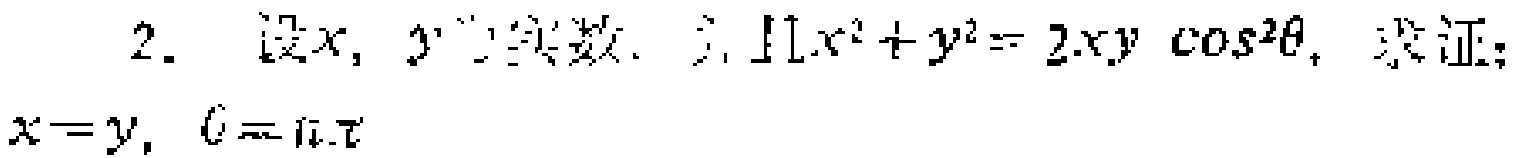
2. 设\(x,y\)为实数，且\(x^{2}+y^{2}=2xy\cos^{2}\theta\)，求证：\(x = y\)，\(\theta = n\pi\) 。